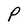
Character: P